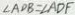
\angle A D B = \angle A D F